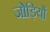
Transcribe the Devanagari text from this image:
जोड़ियों